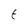
Character: t